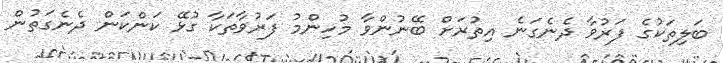
ބަލިތަކުގެ ފަރުވާ ދެނެގަނެ އިތުރަށް ބޭނުންވާ މުހިންމު ފަރުވާތަކާ ގުޅޭ ކަންކަން ދެނެގަތުން